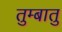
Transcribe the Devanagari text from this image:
तुम्बातु